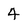
Character: 4